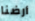
أرضنا